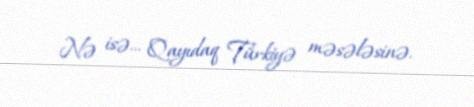
Nə isə... Qayıdaq Türkiyə məsələsinə.